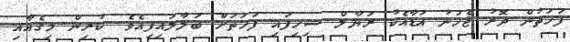
ފަހަތުން ދޮރު ޖެހުނު އަޑާއެކު ރަޔާލް ސިހިފައި ފަހަތަށް ބަލާލައިފިއެވެ. ކުރިން މިގެއާއި